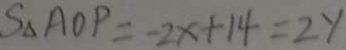
S _ { \Delta } A O P = - 2 x + 1 4 = 2 y